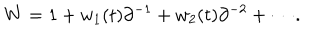
W = 1 + w _ { 1 } ( t ) \partial ^ { - 1 } + w _ { 2 } ( t ) \partial ^ { - 2 } + \cdots .